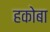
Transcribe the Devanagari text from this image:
हकोबा